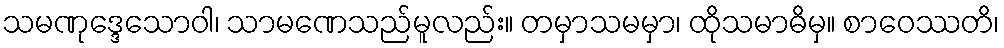
သမဏုဒ္ဒေသောဝါ၊ သာမဏေသည်မူလည်း။ တမှာသမမှာ၊ ထိုသမာဓိမှ။ စာဝေဿတိ၊